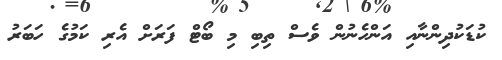
ކުޑަކުދިންނާއި އަންހެނުން ވެސް ތިބި މި ބޯޓް ފަރަށް އެރި ކަމުގެ ހަބަރު